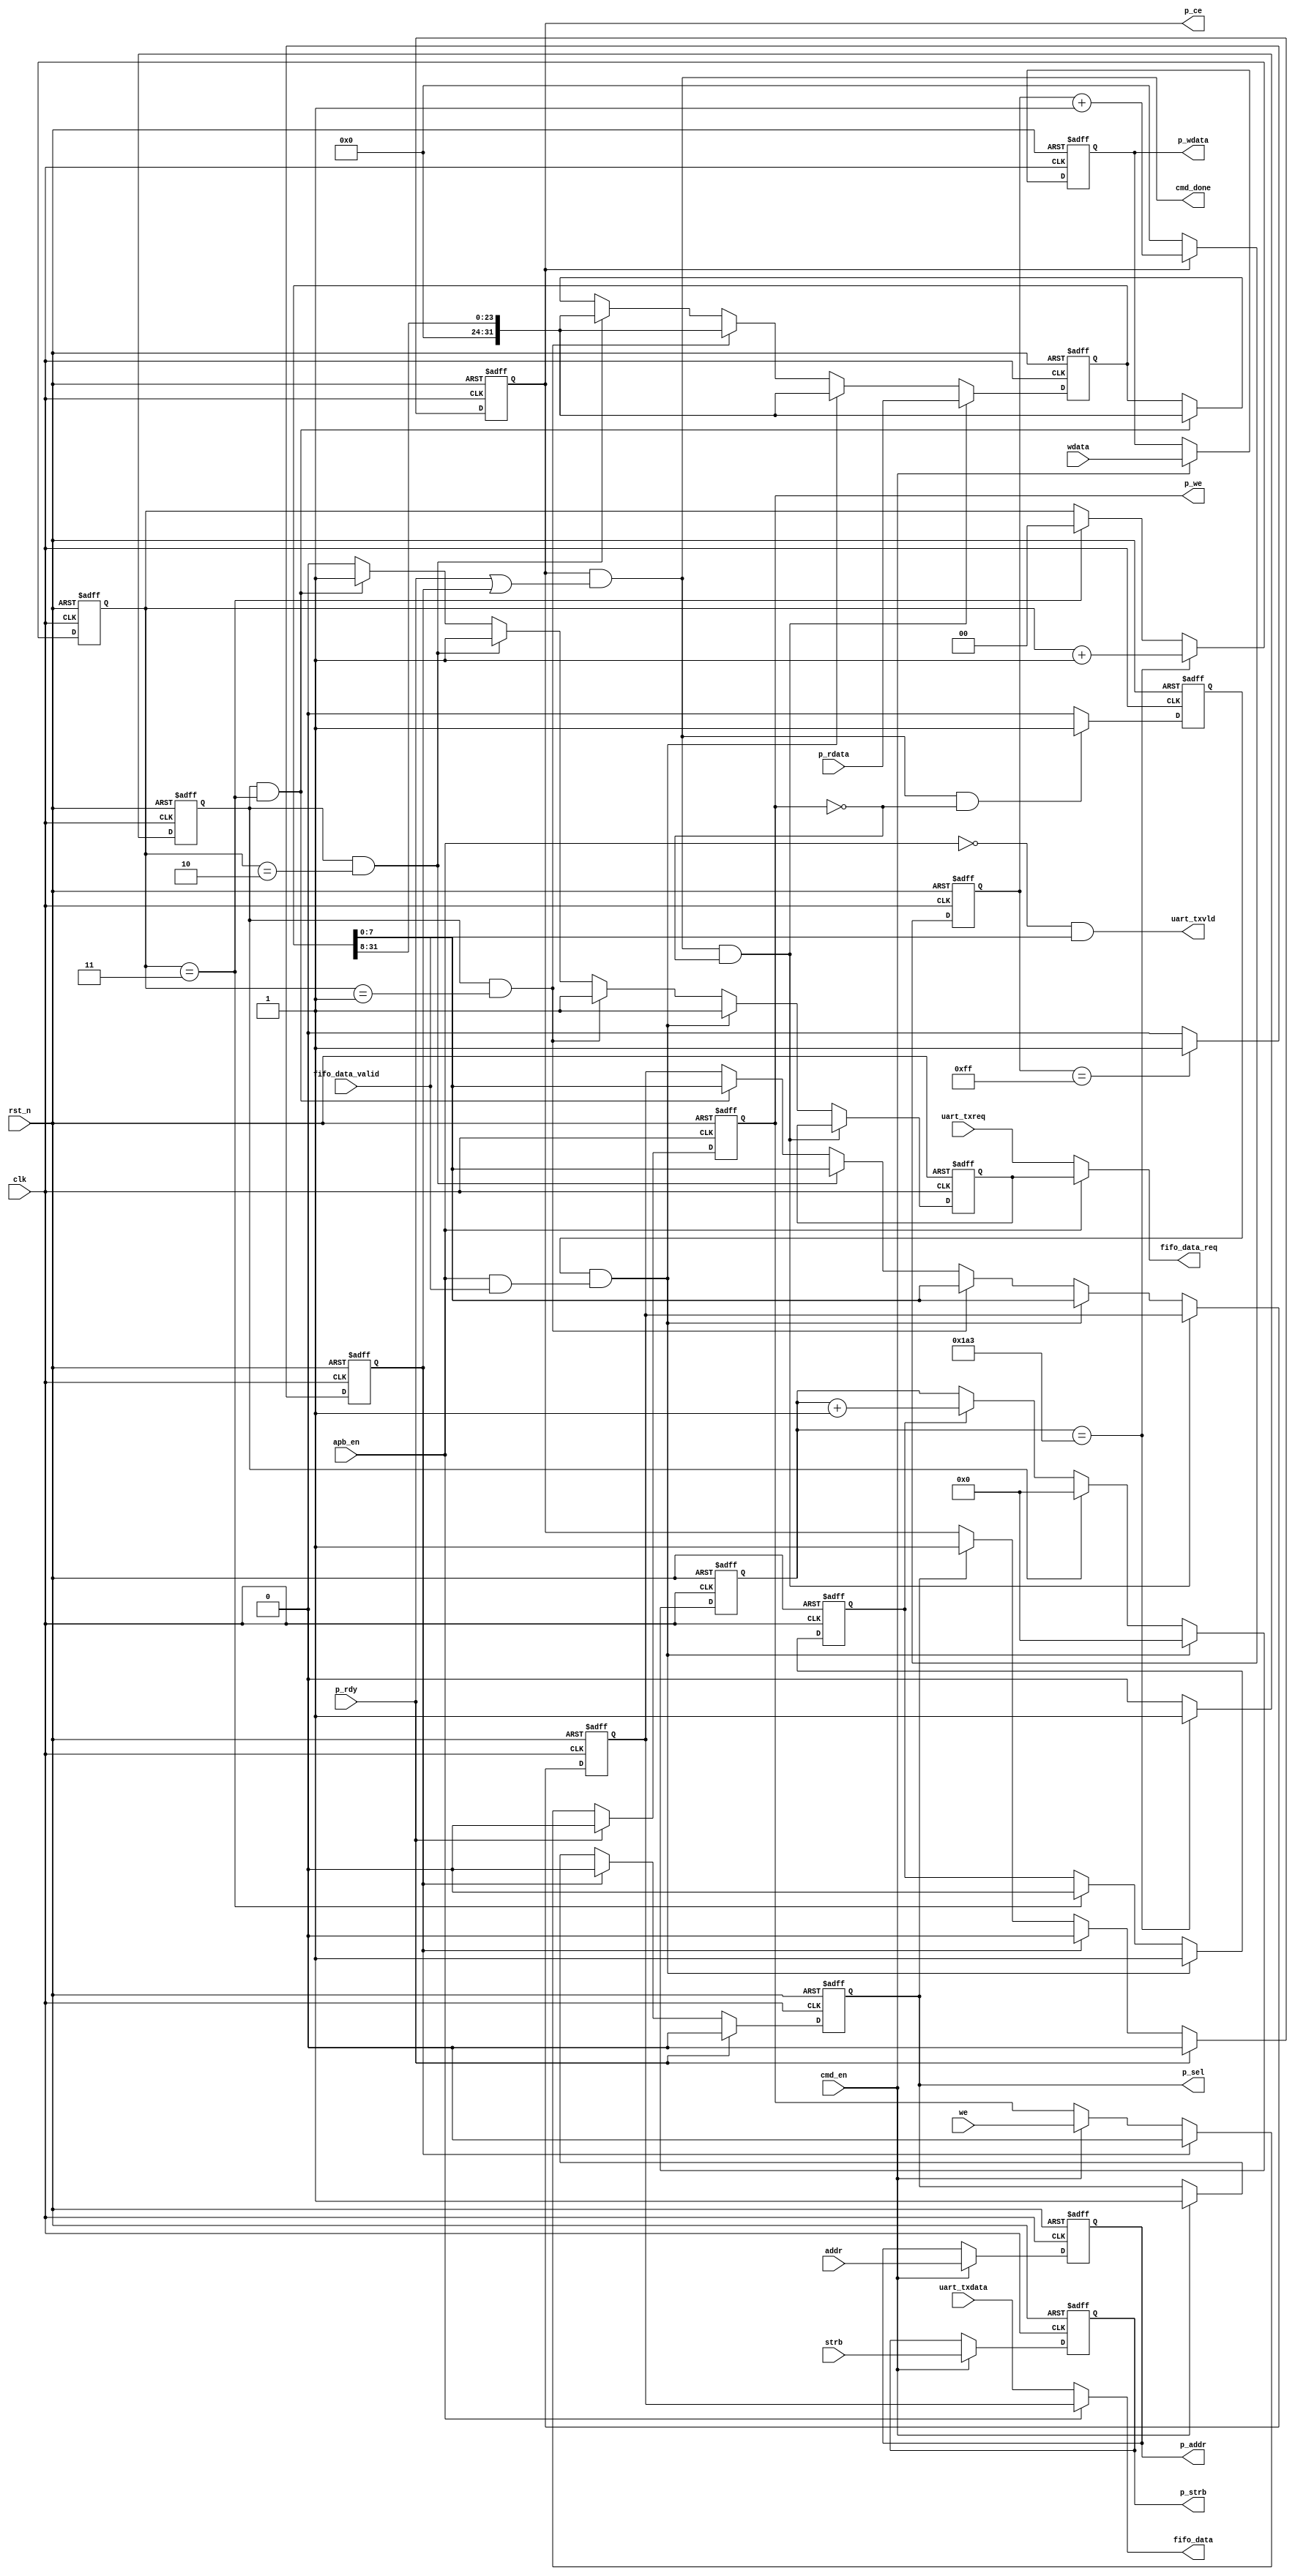
// This program was cloned from: https://github.com/flytt-away/FPGA-Video-Capture
// License: MIT License

//******************************************************************
// Copyright (c) 2014 PANGO MICROSYSTEMS, INC
// ALL RIGHTS REVERVED.
//******************************************************************
`timescale 1ns/1ns
module pgr_apb_mif_32bit
#(
    parameter CLK_FREQ = 8'd50,
    parameter AW = 8'd16,
    parameter DW = 8'd32,
    parameter SW = 8'd4
)(
    input               clk,
    input               rst_n,

    input       [SW-1:0]  strb,
    input       [AW-1:0]  addr,
    input       [DW-1:0]  wdata,
    input                 we,
    input                 cmd_en,
    output                cmd_done,

    output      [7:0]   fifo_data,
    input               fifo_data_valid,
    output              fifo_data_req,

    output  reg            p_sel,
    output  reg [SW-1:0]   p_strb,
    output  reg [AW-1:0]   p_addr,
    output  reg [DW-1:0]   p_wdata,
    output  reg            p_ce,
    output  reg            p_we,
    input                  p_rdy,
    input       [DW-1:0]   p_rdata,
    input                  apb_en,

    output              uart_txvld,
    input               uart_txreq,
    input       [7:0]   uart_txdata
);


reg     [7:0]  cnt;
reg            time_out;

always@(posedge clk or negedge rst_n)
begin
    if(~rst_n)
        time_out <= 1'b0;
    else if(cnt == 8'hff)
        time_out <= 1'b1;
    else
        time_out <= 1'b0;
end

//assign time_out = cnt == 8'hff;

reg     [7:0]   apb_fifo_data;
wire            apb_fifo_data_valid;
reg             apb_fifo_data_req;

assign fifo_data = apb_en ? apb_fifo_data : uart_txdata;
assign apb_fifo_data_valid = apb_en & fifo_data_valid;
assign uart_txvld = (~apb_en) & fifo_data_valid;
assign fifo_data_req = apb_en ? apb_fifo_data_req : uart_txreq;

always @(posedge clk or negedge rst_n)
begin
    if(~rst_n)
        cnt <= 8'b0;
    else if(~p_ce)
        cnt <= 8'b0;
    else
        cnt <= cnt + 8'b1;
end

always @(posedge clk or negedge rst_n)
begin
    if(~rst_n)
        p_addr <= 'b0;
    else if(cmd_en)
        p_addr <= addr;
end

always @(posedge clk or negedge rst_n)
begin
    if(~rst_n)
        p_strb <= 'b0;
    else if(cmd_en)
        p_strb <= strb;
end

always @(posedge clk or negedge rst_n)
begin
    if(~rst_n)
        p_wdata <= 'b0;
    else if(cmd_en)
        p_wdata <= wdata;
end

//modify for gen psel signal by wenbin at @2019.8.23
always @(posedge clk or negedge rst_n)
begin
    if(~rst_n)
        p_sel <= 1'b0;
    else if(p_rdy)
        p_sel <= 1'b0;
    else if(time_out)
        p_sel <= 1'b0;
    else if(cmd_en)
        p_sel <= 1'b1;
end

always @(posedge clk or negedge rst_n)
begin
    if(~rst_n)
        p_ce <= 1'b0;
    else if(p_rdy)
        p_ce <= 1'b0;
    else if(time_out)
        p_ce <= 1'b0;
    else if(p_sel)
        p_ce <= 1'b1;
end


always @(posedge clk or negedge rst_n)
begin
    if(~rst_n)
        p_we <= 1'b0;
    else if(p_rdy)
        p_we <= 1'b0;
    else if(time_out)
        p_we <= 1'b0;
    else if(cmd_en)
        p_we <= we;
end

assign cmd_done = p_ce & (p_rdy | time_out);

reg     [DW-1:0]   rdata;
reg                rdata_valid;

//always@(posedge clk or negedge rst_n)
//begin
//    if(~rst_n)
//        rdata <= 'b0;
//    else if(cmd_done)
//        rdata <= p_rdata;
//end

always@(posedge clk or negedge rst_n)
begin
    if(~rst_n)
        rdata_valid <= 1'b0;
    else if(cmd_done && (~p_we))
        rdata_valid <= 1'b1;
    else
        rdata_valid <=1'b0;
end

localparam TX_INTERVAL = 6 * (((CLK_FREQ * 1000000 + 3 * 115200) / (6 * 115200)) - 2);
localparam BYTE_NUM = DW / 8;

//assign fifo_data = time_out ? 32'b0 : p_rdata;
//assign fifo_data_req = cmd_done & fifo_data_valid & ~p_we;
assign trans_start = rdata_valid & apb_fifo_data_valid;


// get APB read data,and write it into tx_fifo
reg clk_cnt_start1;
reg	[15:0]	clk_cnt;
reg	[1:0]	trans_cnt;

reg tx_enable;

always@(posedge clk or negedge rst_n)
begin
    if(~rst_n)
        tx_enable <= 1'b0;
    else if(clk_cnt == (TX_INTERVAL-1))
        tx_enable <= 1'b1;
    else
        tx_enable <= 1'b0;
end

//wire    tx_enable = clk_cnt == TX_INTERVAL;

always @(posedge clk or negedge rst_n)
begin
    if(~rst_n) begin
        apb_fifo_data_req <= 1'b0;
        apb_fifo_data <= 8'b0;
        rdata <= 'b0;
    end
    else if(cmd_done & (~p_we))
        rdata <= p_rdata;
    else if(trans_start) begin
        apb_fifo_data <= rdata[7:0];
        apb_fifo_data_req <= 1'b1;
        rdata <= (rdata >> 8);
    end
    else if(tx_enable && (trans_cnt == 2'd1) && (BYTE_NUM > 1)) begin
    	apb_fifo_data <= rdata[7:0];
        apb_fifo_data_req <= 1'b1;
        rdata <= (rdata >> 8);
    end
    else if(tx_enable && (trans_cnt == 2'd2) && (BYTE_NUM > 2)) begin
    	apb_fifo_data <= rdata[7:0];
        apb_fifo_data_req <= 1'b1;
        rdata <= (rdata >> 8);
    end
    else if(tx_enable && (trans_cnt == 2'd3) && (BYTE_NUM > 3)) begin
    	apb_fifo_data <= rdata[7:0];
        apb_fifo_data_req <= 1'b1;
        rdata <= (rdata >> 8);
    end
    else
        apb_fifo_data_req <= 1'b0;
end

always @(posedge clk or negedge rst_n)
begin
    if(~rst_n)
        clk_cnt_start1 <= 1'b0;
    else if(trans_start)
        clk_cnt_start1 <= 1'b1;
    else if(trans_cnt == (BYTE_NUM-1))
        clk_cnt_start1 <= 1'b0;
end

always @(posedge clk or negedge rst_n)
begin
    if(~rst_n) begin
        clk_cnt <= 16'b0;
    end
    else if(trans_start) begin
        clk_cnt <= 16'b0;
    end
    else if(tx_enable) begin
    	  clk_cnt <= 16'b0;
    end
    else if(clk_cnt_start1) begin
        clk_cnt <= clk_cnt + 16'b1;
    end
end


always @(posedge clk or negedge rst_n) begin
    if(~rst_n) begin
        trans_cnt <= 2'd0;
    end
    else
    begin
        if(clk_cnt == (TX_INTERVAL-1))
            trans_cnt <= trans_cnt + 2'd1;
        else if(trans_cnt == (BYTE_NUM-1))
            trans_cnt <= 2'b0;
    end
end
endmodule //pgr_apb_mif